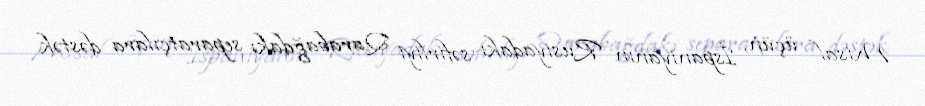
Misal üçün, İspaniyanın Rusiyadakı səfirliyi Qarabağdakı separatçılara dəstək